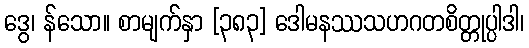
ဒွေ၊ န်သော။ စာမျက်နှာ [၃၈၃] ဒေါမနဿသဟဂတစိတ္တုပ္ပါဒါ၊